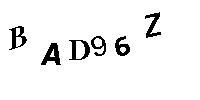
BAD96Z